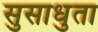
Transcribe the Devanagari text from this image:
सुसाधुता